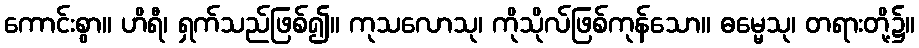
ကောင်းစွာ။ ဟိရီ၊ ရှက်သည်ဖြစ်၍။ ကုသလောသု၊ ကိုသိုလ်ဖြစ်ကုန်သော။ ဓမ္မေသု၊ တရားတို့၌။